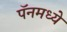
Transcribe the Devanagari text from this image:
पॅनमध्ये